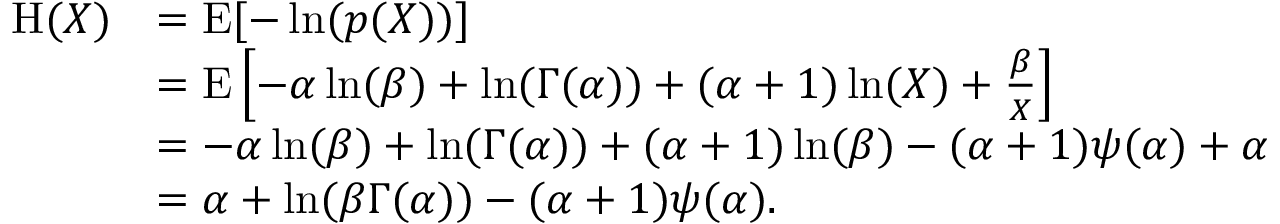
{ \begin{array} { r l } { \operatorname { H } ( X ) } & { = \operatorname { E } [ - \ln ( p ( X ) ) ] } \\ & { = \operatorname { E } \left[ - \alpha \ln ( \beta ) + \ln ( \Gamma ( \alpha ) ) + ( \alpha + 1 ) \ln ( X ) + { \frac { \beta } { X } } \right] } \\ & { = - \alpha \ln ( \beta ) + \ln ( \Gamma ( \alpha ) ) + ( \alpha + 1 ) \ln ( \beta ) - ( \alpha + 1 ) \psi ( \alpha ) + \alpha } \\ & { = \alpha + \ln ( \beta \Gamma ( \alpha ) ) - ( \alpha + 1 ) \psi ( \alpha ) . } \end{array} }